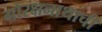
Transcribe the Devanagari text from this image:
गोरक्षनाथाची